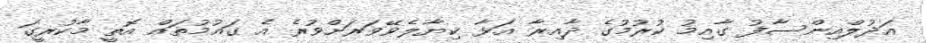
އަދުލްއިންސާފު ގާއިމު ކުރުމުގެ ދާއިރާ އަޅާ ކިޔާލެވޭވަރަށްވުރެ އެ ގައުމުތައް އޮތީ މާކުރީގަ